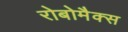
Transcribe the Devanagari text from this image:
रोबोमैक्स